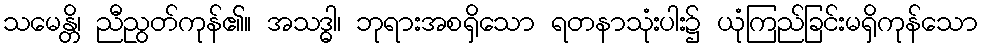
သမေန္တိ၊ ညီညွတ်ကုန်၏။ အသဒ္ဓါ၊ ဘုရားအစရှိသော ရတနာသုံးပါး၌ ယုံကြည်ခြင်းမရှိကုန်သော